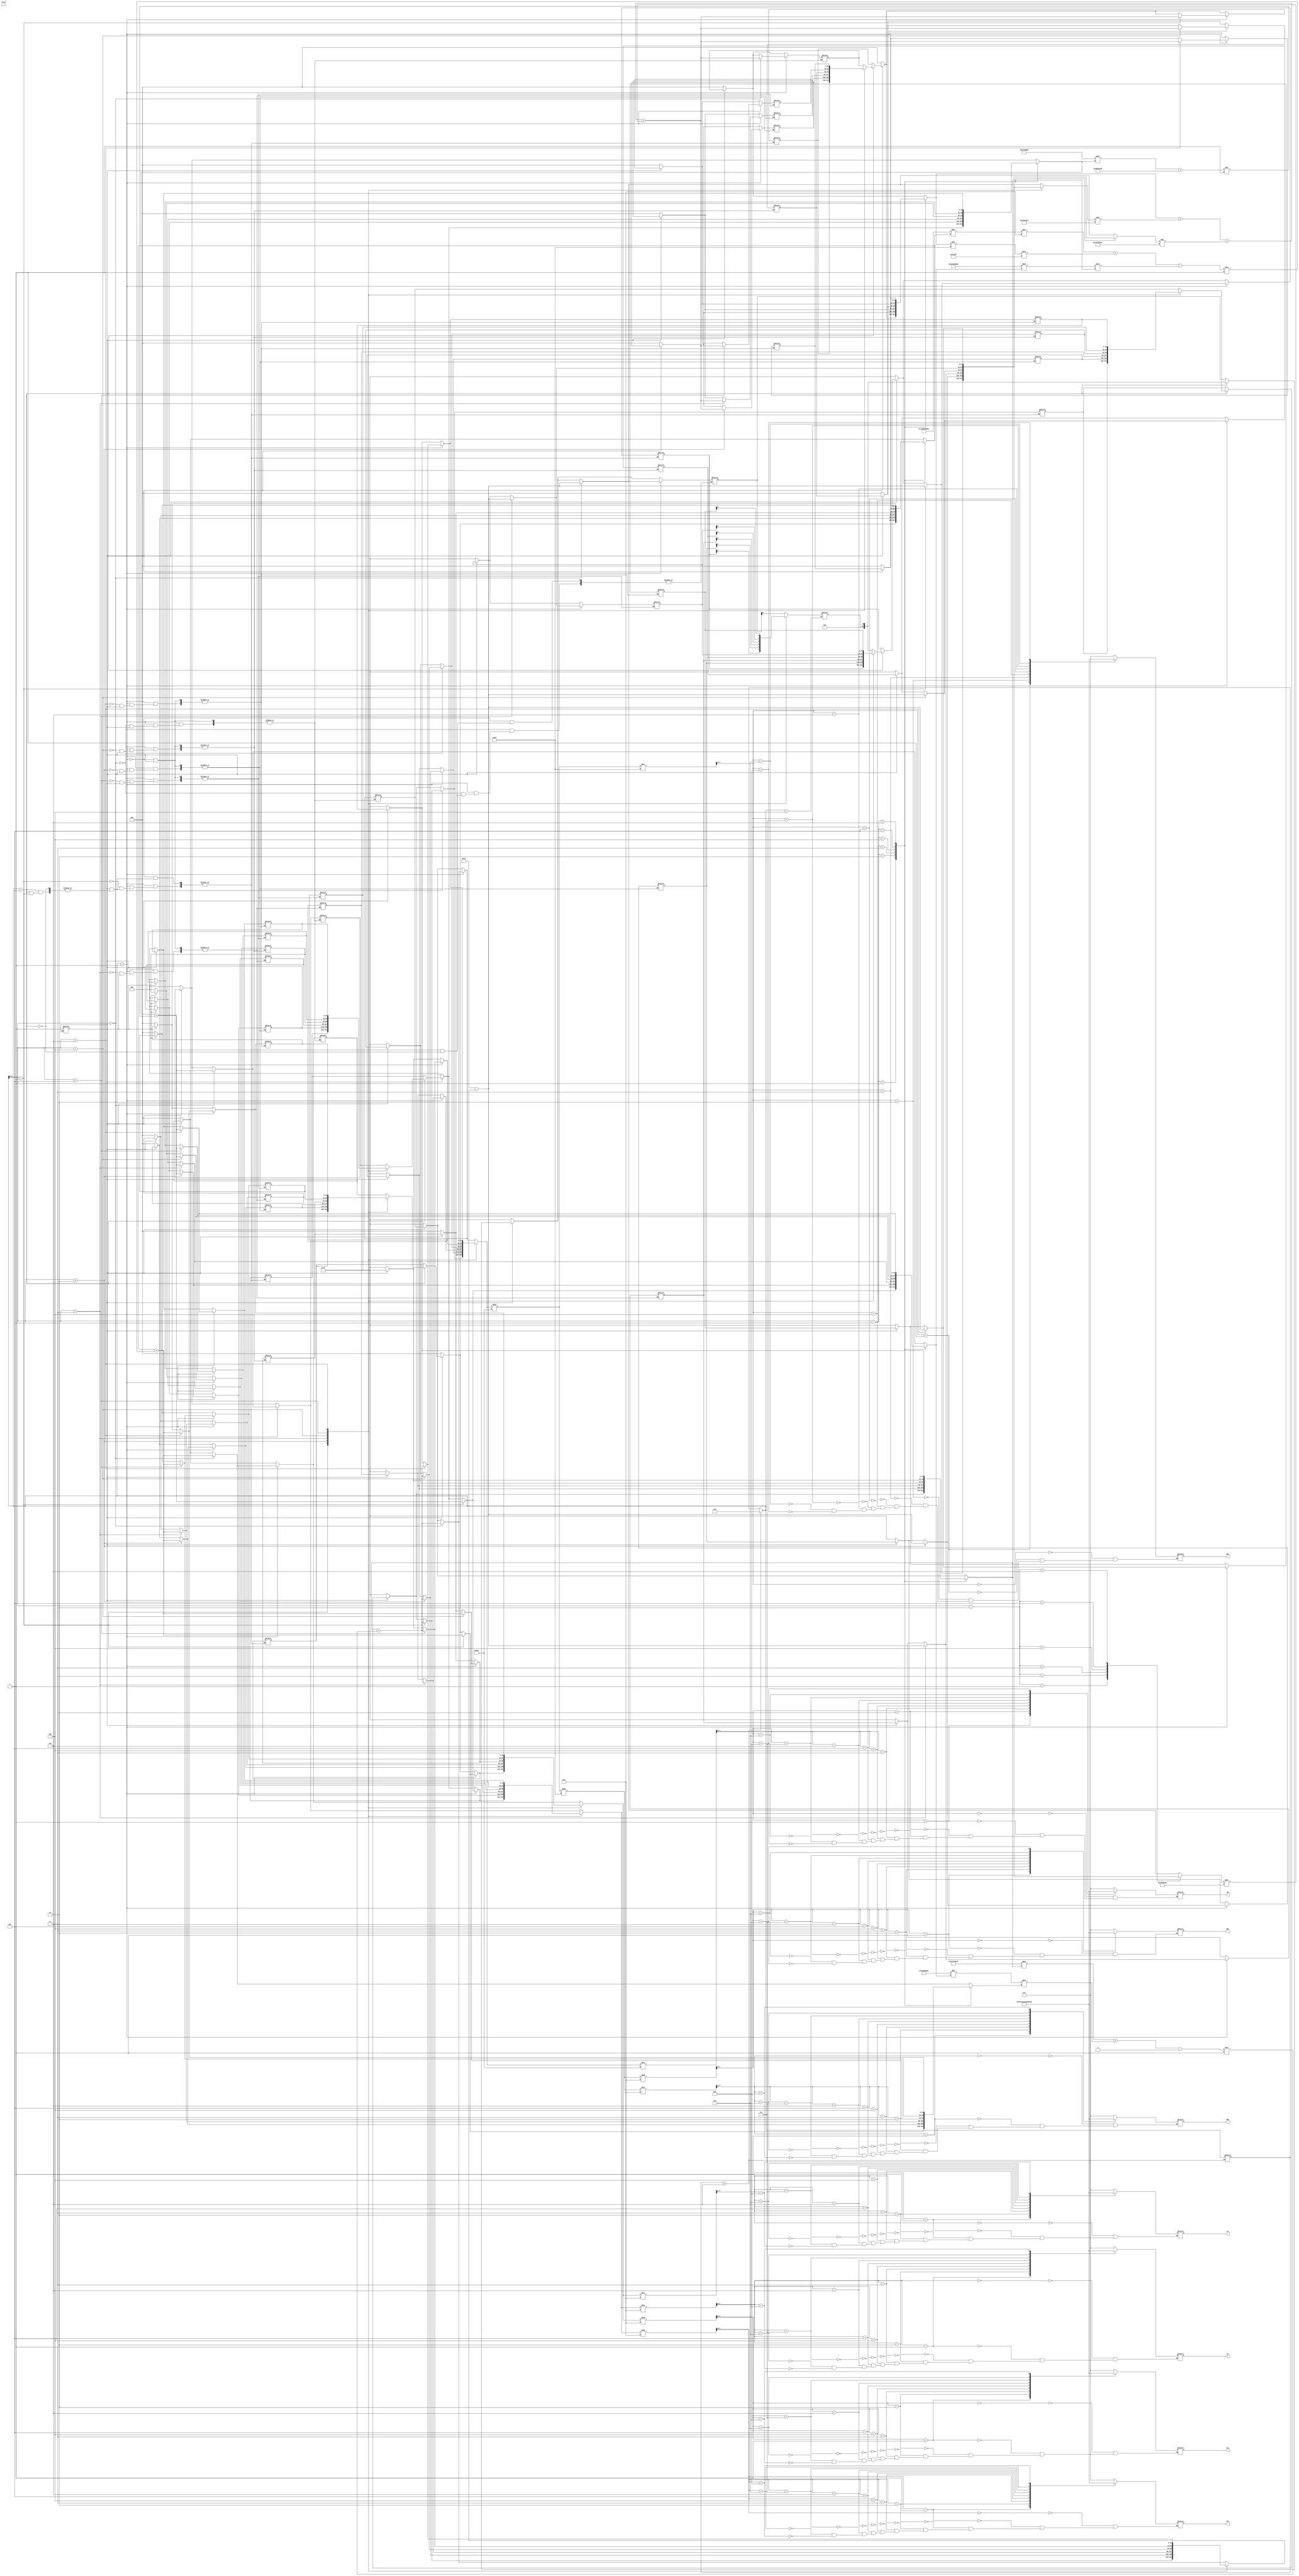
module MOTOR(
	input Clock,
	output reg [0:6]IA,
	output reg [0:6]IA2,
	output reg [0:6]IF,
	output reg [0:6]IF2,
	output reg [0:6]WR,
	output reg [0:6]WR2,
	output reg [0:6]WR3,
	output reg [0:6]WR4
);			

	
	parameter Tm=0; //Sem carga
	reg [0:31]Ia[0:6];
	reg [0:31]If[0:6];
	reg [0:31]Wr[0:6]; 

	reg [0:31]Va[0:6];
	reg [0:31]Erro[0:6];
	reg Cont;
	reg CLK = 1'b0;
	
	reg [0:3]RestIf;
	reg [0:3]RestIf2;
	reg [0:3]RestIa;
	reg [0:3]RestIa2;
	reg [0:3]RestWr;
	reg [0:3]RestWr2;
	reg [0:3]RestWr3;
	reg [0:3]RestWr4;
	
	
	reg [0:7]auxt = 8'd1;
	reg auxErro;

	//Tentativa de tirar dos numeros decimais, ja que o Quartus nao permite
	parameter Ra = 8000000; 		 //0.08
	parameter La = 100;     		 //0.0001
	parameter Rf = 50000000;		 //0.5
	parameter Lf = 1000;    		 //0.001
	parameter Vf = 100000000;		 //1
	parameter Jm = 1000;     		 //0.001
	parameter Fm = 100;	          //0.0001
	parameter Km = 47616;          //0.47616
	parameter Kp = -233900;        //-0.2339
	parameter Ki = 47616400;       //47.6164
	parameter Kd = 12;             //0.0012
	parameter WRef = 125;
	parameter h = 1;               //0.000001
	
	
	//Deixando a funcoes que sao constantes, ja calculadas
	parameter Rf_Lf=500000000;     //(Rf/Lf)*1000000
	parameter Vf_Lf=1000000000;    //(Vf/LF)*1000000
	parameter Ra_La=800000000;     //(Ra/La)*1000000
	parameter Fm_Jm=10000;         //(Fm/Jm)*100000
	parameter Km_Jm=4761600000;    //(Km/Jm)*1000000
	parameter Km_La = 47616000000; //(Km/La)*1000000
	parameter Tm_Jm=0;
	
	parameter D = 1200000000;      //(Kd/h)*1000000;
	parameter PD = -2399766100;    //(-Kp - 2*Kd/h)*1000000
	parameter PID = 1199766148;    //1000000*(Kp + Ki*(h) + Kd/(h));
	
	/*always@(Clock) begin 
		Cont= Cont+1;
		if(Cont==50) begin
			CLK = ~CLK;
			Cont = 0;
		end
	end*/
	
	reg flag=1'b0;
	integer j;
	
	reg [0:7]t;

	
	
	always@(t) begin 
		auxt= auxt+1;
		
		if(t== 8'd6)
			t=8'd2;		//Sempre volta para dois, pois havera equacoes que calcula "Erro[t-2]" 
		
		if(t== 8'd4) begin 
			auxErro<=Erro[t];
		end
		if(t== 8'd5) begin 
			Erro[0]=auxErro;
			Erro[1]=Erro[t];
			Va[1] = Va[t];
			If[1] = If[t];
			Ia[1] = Ia[t];
			Wr[1] = Wr[t];
		end
		if(flag==0) begin  //iniciar
		
			for(j=0;j<7;j=j+1)begin
				If[j]   = 32'd2;
				Ia[j]   = 32'd0;
				Va[j]   = 32'd0;
				Wr[j]   = 32'd125;
				Erro[j] = 32'd125;
			end
			flag=1'b1;     //impede que entre no if novamente
		end
		if(t>1) begin
			/*Erro[t] = WRef - Wr[t-1];
			Va[t] = (Erro[t] *(PID) + Erro[t-1]*PD + Erro[t-2]*D + Va[t-1]);
			//Va[2:5]
			If[t] = (If[t-1] + ((-Rf/Lf)*If[t-1] + Vf/Lf)*h);
			Ia[t] = (Ia[t-1] + ((-Ra/La)*Ia[t-1] + Va[t]/La - (Km/La)*If[t-1]*Wr[t-1]) *h);
			Wr[t] = (Wr[t-1] + ((-Fm/Jm)*Wr[t-1] + (Km/Jm)*If[t-1]*Ia[t-1] - Tm/Jm) *h);*/
		

			If[t]    =   (If[t-1] + ((- Rf_Lf)*If[t-1] + Vf_Lf)*h);
			Ia[t]   =   (Ia[t-1] + ((- Ra_La)*Ia[t-1]*10 + (Va[t-1]/La)/1000000 - (Km_La)*If[t-1]*Wr[t-1])*h); //Km_La * 10
			Wr[t]   =   (Wr[t-1] + ((- Fm_Jm)*Wr[t-1] + (Km_Jm)*If[t-1]*Ia[t-1] - Tm_Jm) *h);					   //Fm_Jm *1000 e Km_Jm*1000
			Erro[t] =   (WRef - Wr[t]);
			Va[t]   =   (Va[t-1] + Erro[t] *(PID) + Erro[t-1]*PD + Erro[t-2]*D );
		end
		RestIf = If[t]/10;
		RestIf2 = If[t]%10;
		RestIa = Ia[t]/10;
		RestIa2 = Ia[t]%10;
		RestWr = Wr[t]/1000;
		RestWr2 = (Wr[t]%1000)/100;
		RestWr3 = ((Wr[t]%1000)%100)/10;
		RestWr4 = ((Wr[t]%1000)%100)%10;
		
		case(RestIf2)  		//Display 7 segmentos
		4'b0000: IF2 = 7'b0000001;
		4'b0001: IF2 = 7'b1001111;
		4'b0010: IF2 = 7'b0010010;
		4'b0011: IF2 = 7'b0000110;
		4'b0100: IF2 = 7'b1001100;
		4'b0101: IF2 = 7'b0100100;
		4'b0110: IF2 = 7'b0100000;
		4'b0111: IF2 = 7'b0001111;
		4'b1000: IF2 = 7'b0000000;
		4'b1001: IF2 = 7'b0000100;
		endcase
		case(RestIf)
		4'b0000: IF = 7'b0000001;
		4'b0001: IF = 7'b1001111;
		4'b0010: IF = 7'b0010010;
		4'b0011: IF = 7'b0000110;
		4'b0100: IF = 7'b1001100;
		4'b0101: IF = 7'b0100100;
		4'b0110: IF = 7'b0100000;
		4'b0111: IF = 7'b0001111;
		4'b1000: IF = 7'b0000000;
		4'b1001: IF = 7'b0000100;
		endcase
		case(RestIa)
		4'b0000: IA = 7'b0000001;
		4'b0001: IA = 7'b1001111;
		4'b0010: IA = 7'b0010010;
		4'b0011: IA = 7'b0000110;
		4'b0100: IA = 7'b1001100;
		4'b0101: IA = 7'b0100100;
		4'b0110: IA = 7'b0100000;
		4'b0111: IA = 7'b0001111;
		4'b1000: IA = 7'b0000000;
		4'b1001: IA = 7'b0000100;
		endcase
		case(RestIa2)
		4'b0000: IA2 = 7'b0000001;
		4'b0001: IA2 = 7'b1001111;
		4'b0010: IA2 = 7'b0010010;
		4'b0011: IA2 = 7'b0000110;
		4'b0100: IA2 = 7'b1001100;
		4'b0101: IA2 = 7'b0100100;
		4'b0110: IA2 = 7'b0100000;
		4'b0111: IA2 = 7'b0001111;
		4'b1000: IA2 = 7'b0000000;
		4'b1001: IA2 = 7'b0000100;
		endcase
		case(RestWr)
		4'b0000: WR = 7'b0000001;
		4'b0001: WR = 7'b1001111;
		4'b0010: WR = 7'b0010010;
		4'b0011: WR = 7'b0000110;
		4'b0100: WR = 7'b1001100;
		4'b0101: WR = 7'b0100100;
		4'b0110: WR = 7'b0100000;
		4'b0111: WR = 7'b0001111;
		4'b1000: WR = 7'b0000000;
		4'b1001: WR = 7'b0000100;
		endcase
		case(RestWr2)
		4'b0000: WR2 = 7'b0000001;
		4'b0001: WR2 = 7'b1001111;
		4'b0010: WR2 = 7'b0010010;
		4'b0011: WR2 = 7'b0000110;
		4'b0100: WR2 = 7'b1001100;
		4'b0101: WR2 = 7'b0100100;
		4'b0110: WR2 = 7'b0100000;
		4'b0111: WR2 = 7'b0001111;
		4'b1000: WR2 = 7'b0000000;
		4'b1001: WR2 = 7'b0000100;
		endcase
		case(RestWr3)
		4'b0000: WR3 = 7'b0000001;
		4'b0001: WR3 = 7'b1001111;
		4'b0010: WR3 = 7'b0010010;
		4'b0011: WR3 = 7'b0000110;
		4'b0100: WR3 = 7'b1001100;
		4'b0101: WR3 = 7'b0100100;
		4'b0110: WR3 = 7'b0100000;
		4'b0111: WR3 = 7'b0001111;
		4'b1000: WR3 = 7'b0000000;
		4'b1001: WR3 = 7'b0000100;
		endcase
		case(RestWr4)
		4'b0000: WR4 = 7'b0000001;
		4'b0001: WR4 = 7'b1001111;
		4'b0010: WR4 = 7'b0010010;
		4'b0011: WR4 = 7'b0000110;
		4'b0100: WR4 = 7'b1001100;
		4'b0101: WR4 = 7'b0100100;
		4'b0110: WR4 = 7'b0100000;
		4'b0111: WR4 = 7'b0001111;
		4'b1000: WR4 = 7'b0000000;
		4'b1001: WR4 = 7'b0000100;
		endcase
	end 
  
endmodule